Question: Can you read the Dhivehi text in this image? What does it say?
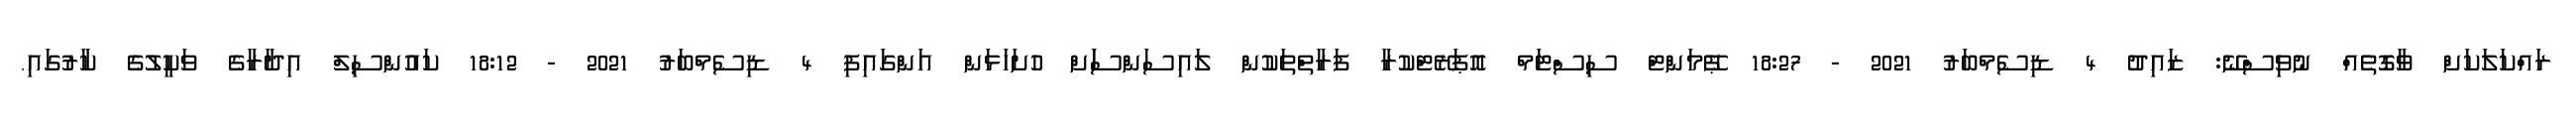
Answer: ރައްކަލަކަށް ވާގޮތެއް ނުވިސްނޭ: ޒައިދު 4 ޑިސެމްބަރު 2021 - 18:27 ޕޭމަންޓް ސިސްޓަމް އޮޕަރޭޓްކުރާ ފަރާތްތަކުން ލައިސަންސަަށް ހުށަހަޅަން އަންގައިފި 4 ޑިސެމްބަރު 2021 - 18:12 ކައުންސިލް އިދާރާގެ ވަކީލުގެ ކާރުގައި.